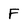
Character: F